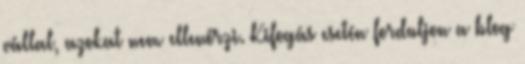
vállal, azokat nem ellenőrzi. Kifogás esetén forduljon a blog